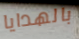
بالهدايا